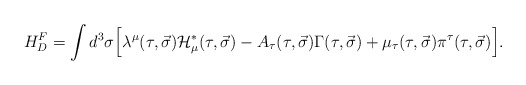
\begin{align*}H^F_D=\int{d^3\sigma \Big[\lambda^\mu (\tau, \vec{\sigma}){\cal H}^\ast_\mu(\tau, \vec{\sigma}) - A_{\tau}(\tau, \vec{\sigma})\Gamma (\tau, \vec{\sigma}) + \mu_\tau (\tau, \vec{\sigma}) \pi^\tau (\tau, \vec{\sigma}) \Big] } .\end{align*}